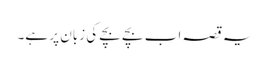
یہ قصہ اب بچے بچے کی زبان پر ہے۔